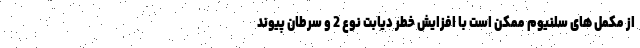
از مکمل های سلنیوم ممکن است با افزایش خطر دیابت نوع 2 و سرطان پیوند